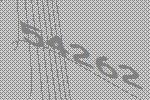
54262